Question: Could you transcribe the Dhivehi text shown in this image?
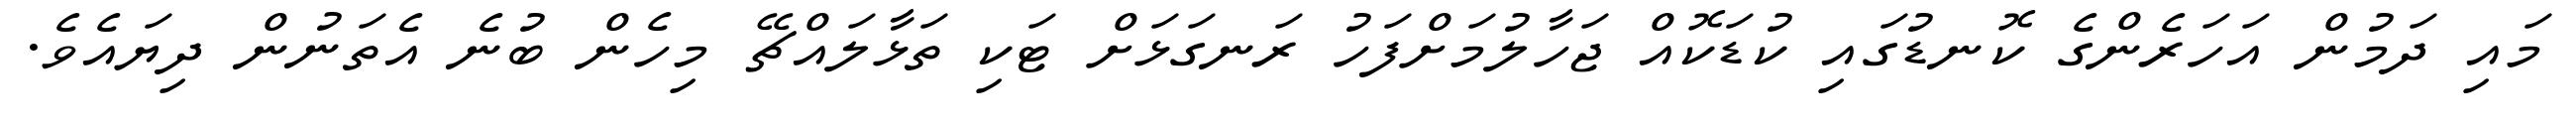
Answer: މައި ދަމުން އަހަރެންގެ ކޮނޑުގައި ކުޑަކޮއް ޖަހާލުމަށްފަހު ރަނގަޅަށް ޓަކި ތަޅާލައްޗޭ މިހެން ބުނެ އެތަނުން ދިޔައެވެ.